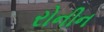
રોનીન